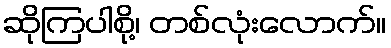
ဆိုကြပါစို့၊ တစ်လုံးလောက်။